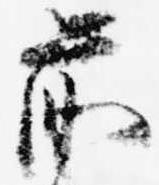
前